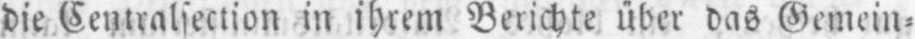
die Centralsection in ihrem Berichte über das Gemein⸗